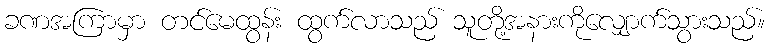
ခဏအကြာမှာ တင်မေထွန်း ထွက်လာသည် သူတို့အနားကိုလျှောက်သွားသည်။